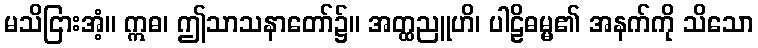
မသိငြားအံ့။ ဣဓ၊ ဤသာသနာတော်၌။ အတ္ထညူဟိ၊ ပါဠိဓမ္မ၏ အနက်ကို သိသော